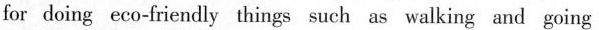
for doing eco-friendly things such as walking and going